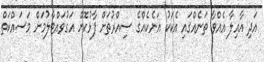
އަދި އާއިލާ އެއްވާ ތަނެއްގައި އެކަކު އަނެކެއްގެ ސިއްރުތަށް ފާޅުކޮށް އަގުވައްޓާލުމަށް މަސައްކަތް